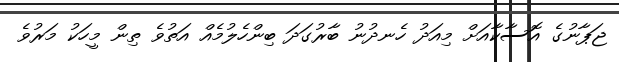
ޖަޕާނުގެ އޮސާކާއަށް މިއަދު ހެނދުނު ބާރުގަދަ ބިންހެލުމެއް އަތުވެ ތިން މީހަކު މަރުވެ